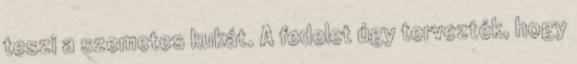
teszi a szemetes kukát. A fedelet úgy tervezték, hogy